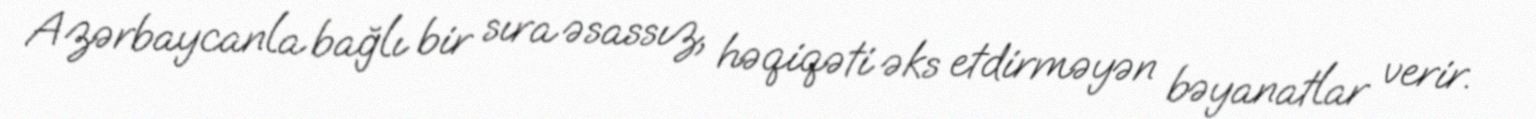
Azərbaycanla bağlı bir sıra əsassız, həqiqəti əks etdirməyən bəyanatlar verir.